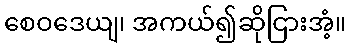
စေဝဒေယျ၊ အကယ်၍ဆိုငြားအံ့။